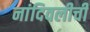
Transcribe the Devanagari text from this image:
नांदिवलीची